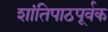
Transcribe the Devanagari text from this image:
शांतिपाठपूर्वक